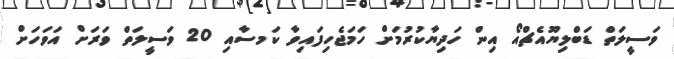
ވަސީލަތް ޑަބްލިޔޫއެޗްއޯ އިން ހަދިޔާކުރުމަށް ހަމަޖެހިފައިވާ ކަމސާއި 20 ވަސީލަތް ވަރަށް އަވަހަށް